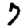
Digit: 7